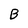
Character: B